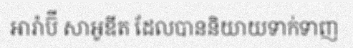
អារ៉ាប៊ី សាអូឌីត ដែលបាននិយាយទាក់ទាញ